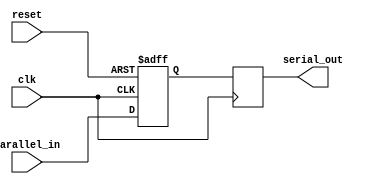
module PISO_shift_register (
  input wire clk,
  input wire reset,
  input wire parallel_in,
  output reg serial_out
);

parameter WIDTH = 8;

reg [WIDTH-1:0] data;
reg [WIDTH-1:0] shift_reg;

always @(posedge clk or posedge reset) begin
  if (reset) begin
    shift_reg <= 0;
  end else begin
    shift_reg <= {shift_reg[WIDTH-2:0], parallel_in};
  end
end

always @(posedge clk) begin
  serial_out <= shift_reg[0];
end

endmodule